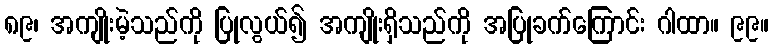
၈၉၊ အကျိုးမဲ့သည်ကို ပြုလွယ်၍ အကျိုးရှိသည်ကို အပြုခက်ကြောင်း ဂါထာ။ ၉၉။